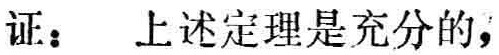
证：上述定理是充分的，